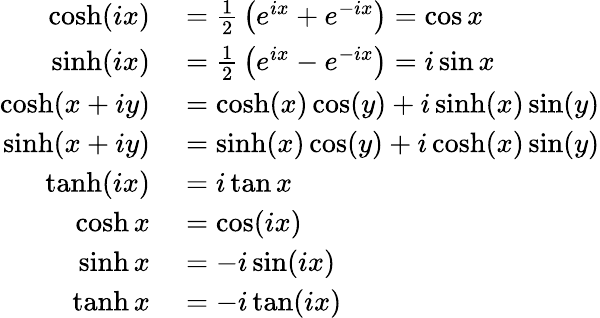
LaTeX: \begin{array}{rl}{\cosh(ix)}&{{}={\frac{1}{2}}\left(e^{ix}+e^{-ix}\right)=\cos x}\\ {\sinh(ix)}&{{}={\frac{1}{2}}\left(e^{ix}-e^{-ix}\right)=i\sin x}\\ {\cosh(x+iy)}&{{}=\cosh(x)\cos(y)+i\sinh(x)\sin(y)}\\ {\sinh(x+iy)}&{{}=\sinh(x)\cos(y)+i\cosh(x)\sin(y)}\\ {\operatorname{tanh}(ix)}&{{}=i\tan x}\\ {\cosh x}&{{}=\cos(ix)}\\ {\sinh x}&{{}=-i\sin(ix)}\\ {\operatorname{tanh}x}&{{}=-i\tan(ix)}\end{array}